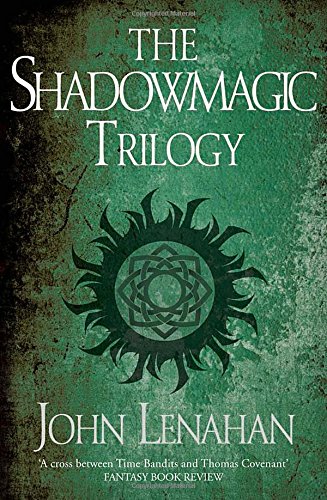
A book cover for The Shadowmagic Trilogy; John Lenahan; Science Fiction & Fantasy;